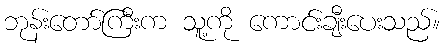
ဘုန်းတော်ကြီးက သူ့ကို ကောင်းချီးပေးသည်။